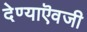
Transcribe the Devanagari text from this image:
देण्याऎवजी